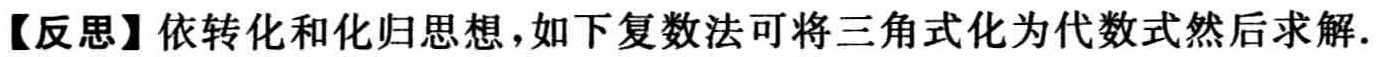
【反思】依转化和化归思想，如下复数法可将三角式化为代数式然后求解.